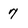
Character: 7